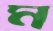
ম